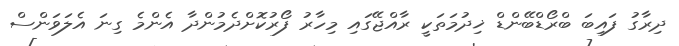
ދިރާގު ފައިބަ ބްރޯޑްބޭންޑް ޚިދުމަތަކީ ރާއްޖޭގައި މިހާރު ފޯރުކޮށްދެމުންދާ އެންމެ ގިނަ އެލަވަންސް